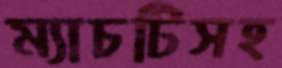
ম্যাচটিসহ